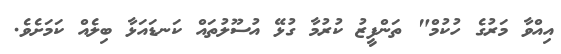
އިއްވާ މަރުގެ ހުކުމް" ތަންފީޒު ކުރުމާ ގުޅޭ އުސޫލުތައް ކަނޑައަޅާ ބިލެއް ކަމަށެވެ.